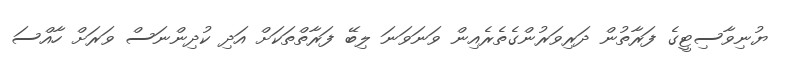
ޔުނިވާސިޓީގެ ފަރާތުން ދަރިވަރުންގެތެރެއިން ވަނަވަނަ ލިބޭ ފަރާތްތަކަށް އަދި ކުދިންނަސް ވަރަށް ހާއްސަ